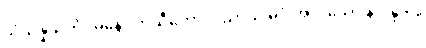
သံသန္နသင်္ကပ္ပမနော ကုသီတော၊ ပညာယ မဂ္ဂံ အလသော န ဝိန္ဒတိ။